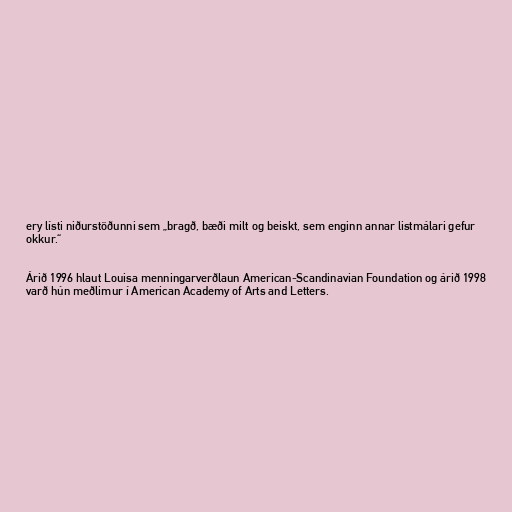
ery lísti niðurstöðunni sem „bragð, bæði milt og beiskt, sem enginn annar listmálari gefur
okkur.“

Árið 1996 hlaut Louisa menningarverðlaun American-Scandinavian Foundation og árið 1998
varð hún meðlimur í American Academy of Arts and Letters.